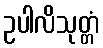
ဥပါလိသုတ္တံ